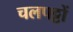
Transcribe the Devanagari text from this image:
चलपट्टों